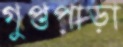
গুপ্তপাড়া